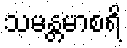
သမန္တမာစရိ